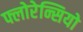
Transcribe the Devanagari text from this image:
फ्लोरेन्सियो